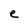
Character: e